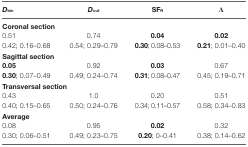
<table><thead><tr><td><b><i>D</i><sub>bin</sub></b></td><td><b><i>D</i><sub>out</sub></b></td><td><b>SF<sub>R</sub></b></td><td><b>Λ</b></td></tr></thead><tbody><tr><td colspan="4"><b>Coronal section</b></td></tr><tr><td>0.51</td><td>0.74</td><td><b>0.04</b></td><td><b>0.02</b></td></tr><tr><td>0.42; 0.16–0.68</td><td>0.54; 0.29–0.79</td><td><b>0.30</b>; 0.08–0.53</td><td><b>0.21</b>; 0.01–0.40</td></tr><tr><td colspan="4"><b>Sagittal section</b></td></tr><tr><td><b>0.05</b></td><td>0.92</td><td><b>0.03</b></td><td>0.67</td></tr><tr><td><b>0.30</b>; 0.07–0.49</td><td>0.49; 0.24–0.74</td><td><b>0.31</b>; 0.08–0.47</td><td>0.45; 0.19–0.71</td></tr><tr><td colspan="4"><b>Transversal section</b></td></tr><tr><td>0.43</td><td>1.0</td><td>0.20</td><td>0.51</td></tr><tr><td>0.40; 0.15–0.65</td><td>0.50; 0.24–0.76</td><td>0.34; 0.11–0.57</td><td>0.58; 0.34–0.83</td></tr><tr><td colspan="4"><b>Average</b></td></tr><tr><td>0.08</td><td>0.95</td><td><b>0.02</b></td><td>0.32</td></tr><tr><td>0.30; 0.06–0.51</td><td>0.49; 0.23–0.75</td><td><b>0.20</b>; 0–0.41</td><td>0.38; 0.14–0.62</td></tr></tbody></table>